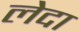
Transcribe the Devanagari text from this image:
लेदा